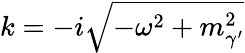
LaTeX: k=-i\sqrt{-\omega^{2}+m_{\gamma^{\prime}}^{2}}